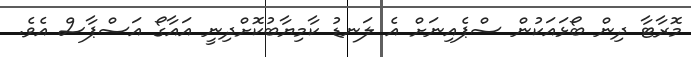
މޮރާޓާ ދިން ބޯޅައަކުން ސްޕެއިނަށް އެ ލަނޑު ކާމިޔާބުކޮށްދިނީ އައާގޯ އަސްޕާސް އެވެ.